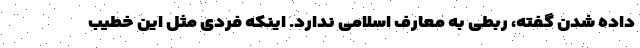
داده شدن گفته، ربطی به معارف اسلامی ندارد. اینکه فردی مثل این خطیب